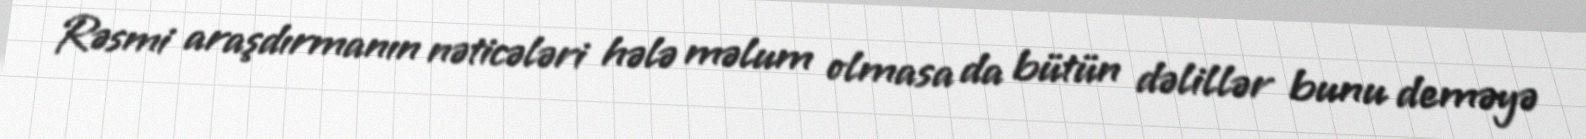
Rəsmi araşdırmanın nəticələri hələ məlum olmasa da bütün dəlillər bunu deməyə